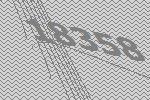
18358